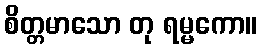
စိတ္တမာသော တု ရမ္မကော။